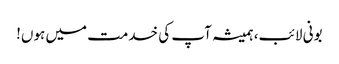
بونی لائب، ہمیشہ آپ کی خدمت میں ہوں!